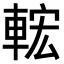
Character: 𨌆